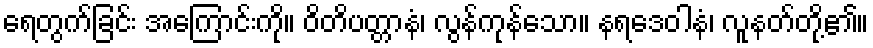
ရေတွက်ခြင်း အကြောင်းကို။ ဝိတိပတ္တာနံ၊ လွန်ကုန်သော။ နရဒေဝါနံ၊ လူနတ်တို့၏။